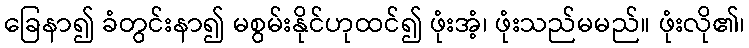
ခြေနာ၍ ခံတွင်းနာ၍ မစွမ်းနိုင်ဟုထင်၍ ဖုံးအံ့၊ ဖုံးသည်မမည်။ ဖုံးလို၏၊